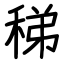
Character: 稊